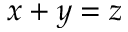
x + y = z